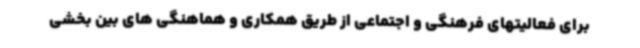
برای فعالیتهای فرهنگی و اجتماعی از طریق همکاری و هماهنگی های بین بخشی